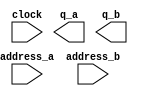
module loadingScreenROM (
	address_a,
	address_b,
	clock,
	q_a,
	q_b);

	input	[13:0]  address_a;
	input	[13:0]  address_b;
	input	  clock;
	output	[7:0]  q_a;
	output	[7:0]  q_b;
`ifndef ALTERA_RESERVED_QIS
// synopsys translate_off
`endif
	tri1	  clock;
`ifndef ALTERA_RESERVED_QIS
// synopsys translate_on
`endif

endmodule